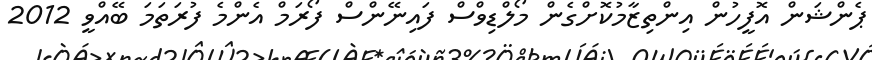
ޕެންޝަން އޮފީހުން އިންތިޒާމުކޮށްގެން މޯލްޑިވްސް ފައިނޭންސް ފޯރަމް އެންމެ ފުރަތަމަ ބޭއްވީ 2012